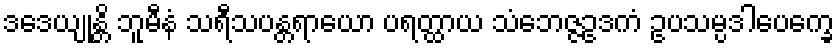
ဒဒေယျုန္တိ ဘူမီနံ သရီသပန္တရာယော ပရတ္ထာယ သံဘေဇ္ဇဥဒကံ ဥပသမ္ပဒါပေက္ခေ